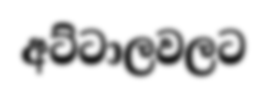
අට්ටාලවලට